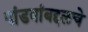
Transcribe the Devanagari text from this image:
पांडवांबद्दलचे